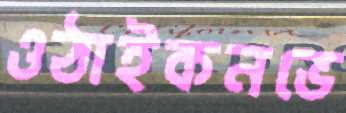
ওঠাইকনভে